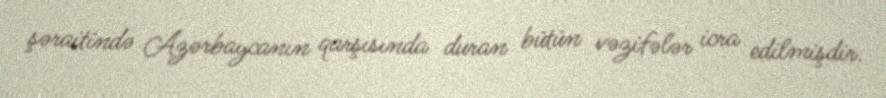
şəraitində Azərbaycanın qarşısında duran bütün vəzifələr icra edilmişdir.